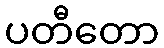
ပတီတော